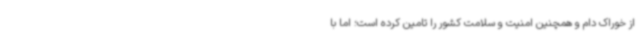
از خوراک دام و همچنین امنیت و سلامت کشور را تامین کرده است؛ اما با